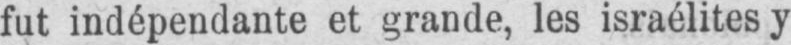
fut indépendante et grande, les Israélites y